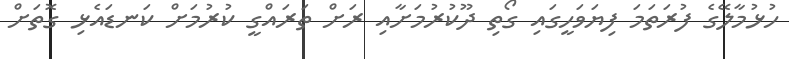
ހުޅުމާލޭގެ ފުރަތަމަ ފިޔަވަހީގައި ގޯތި ދޫކުރުމަށާއި ރަށް ތަރައްގީ ކުރުމަށް ކަނޑައެޅި ގޮތަށް